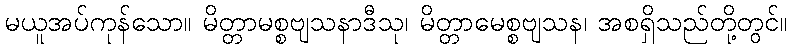
မယူအပ်ကုန်သော။ မိတ္တာမစ္စဗျသနာဒီသု၊ မိတ္တာမေစ္စဗျသန၊ အစရှိသည်တို့တွင်။